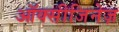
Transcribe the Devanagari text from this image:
ऑक्सीजिनेज़